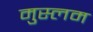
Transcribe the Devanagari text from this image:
मुस्लम